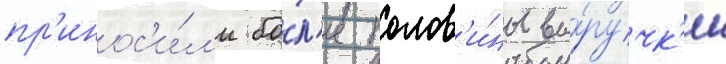
пр'инос'и́л'и бо́л'ее полов'и́ны вы́ручк'и